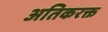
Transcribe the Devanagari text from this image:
अतिकरक्त